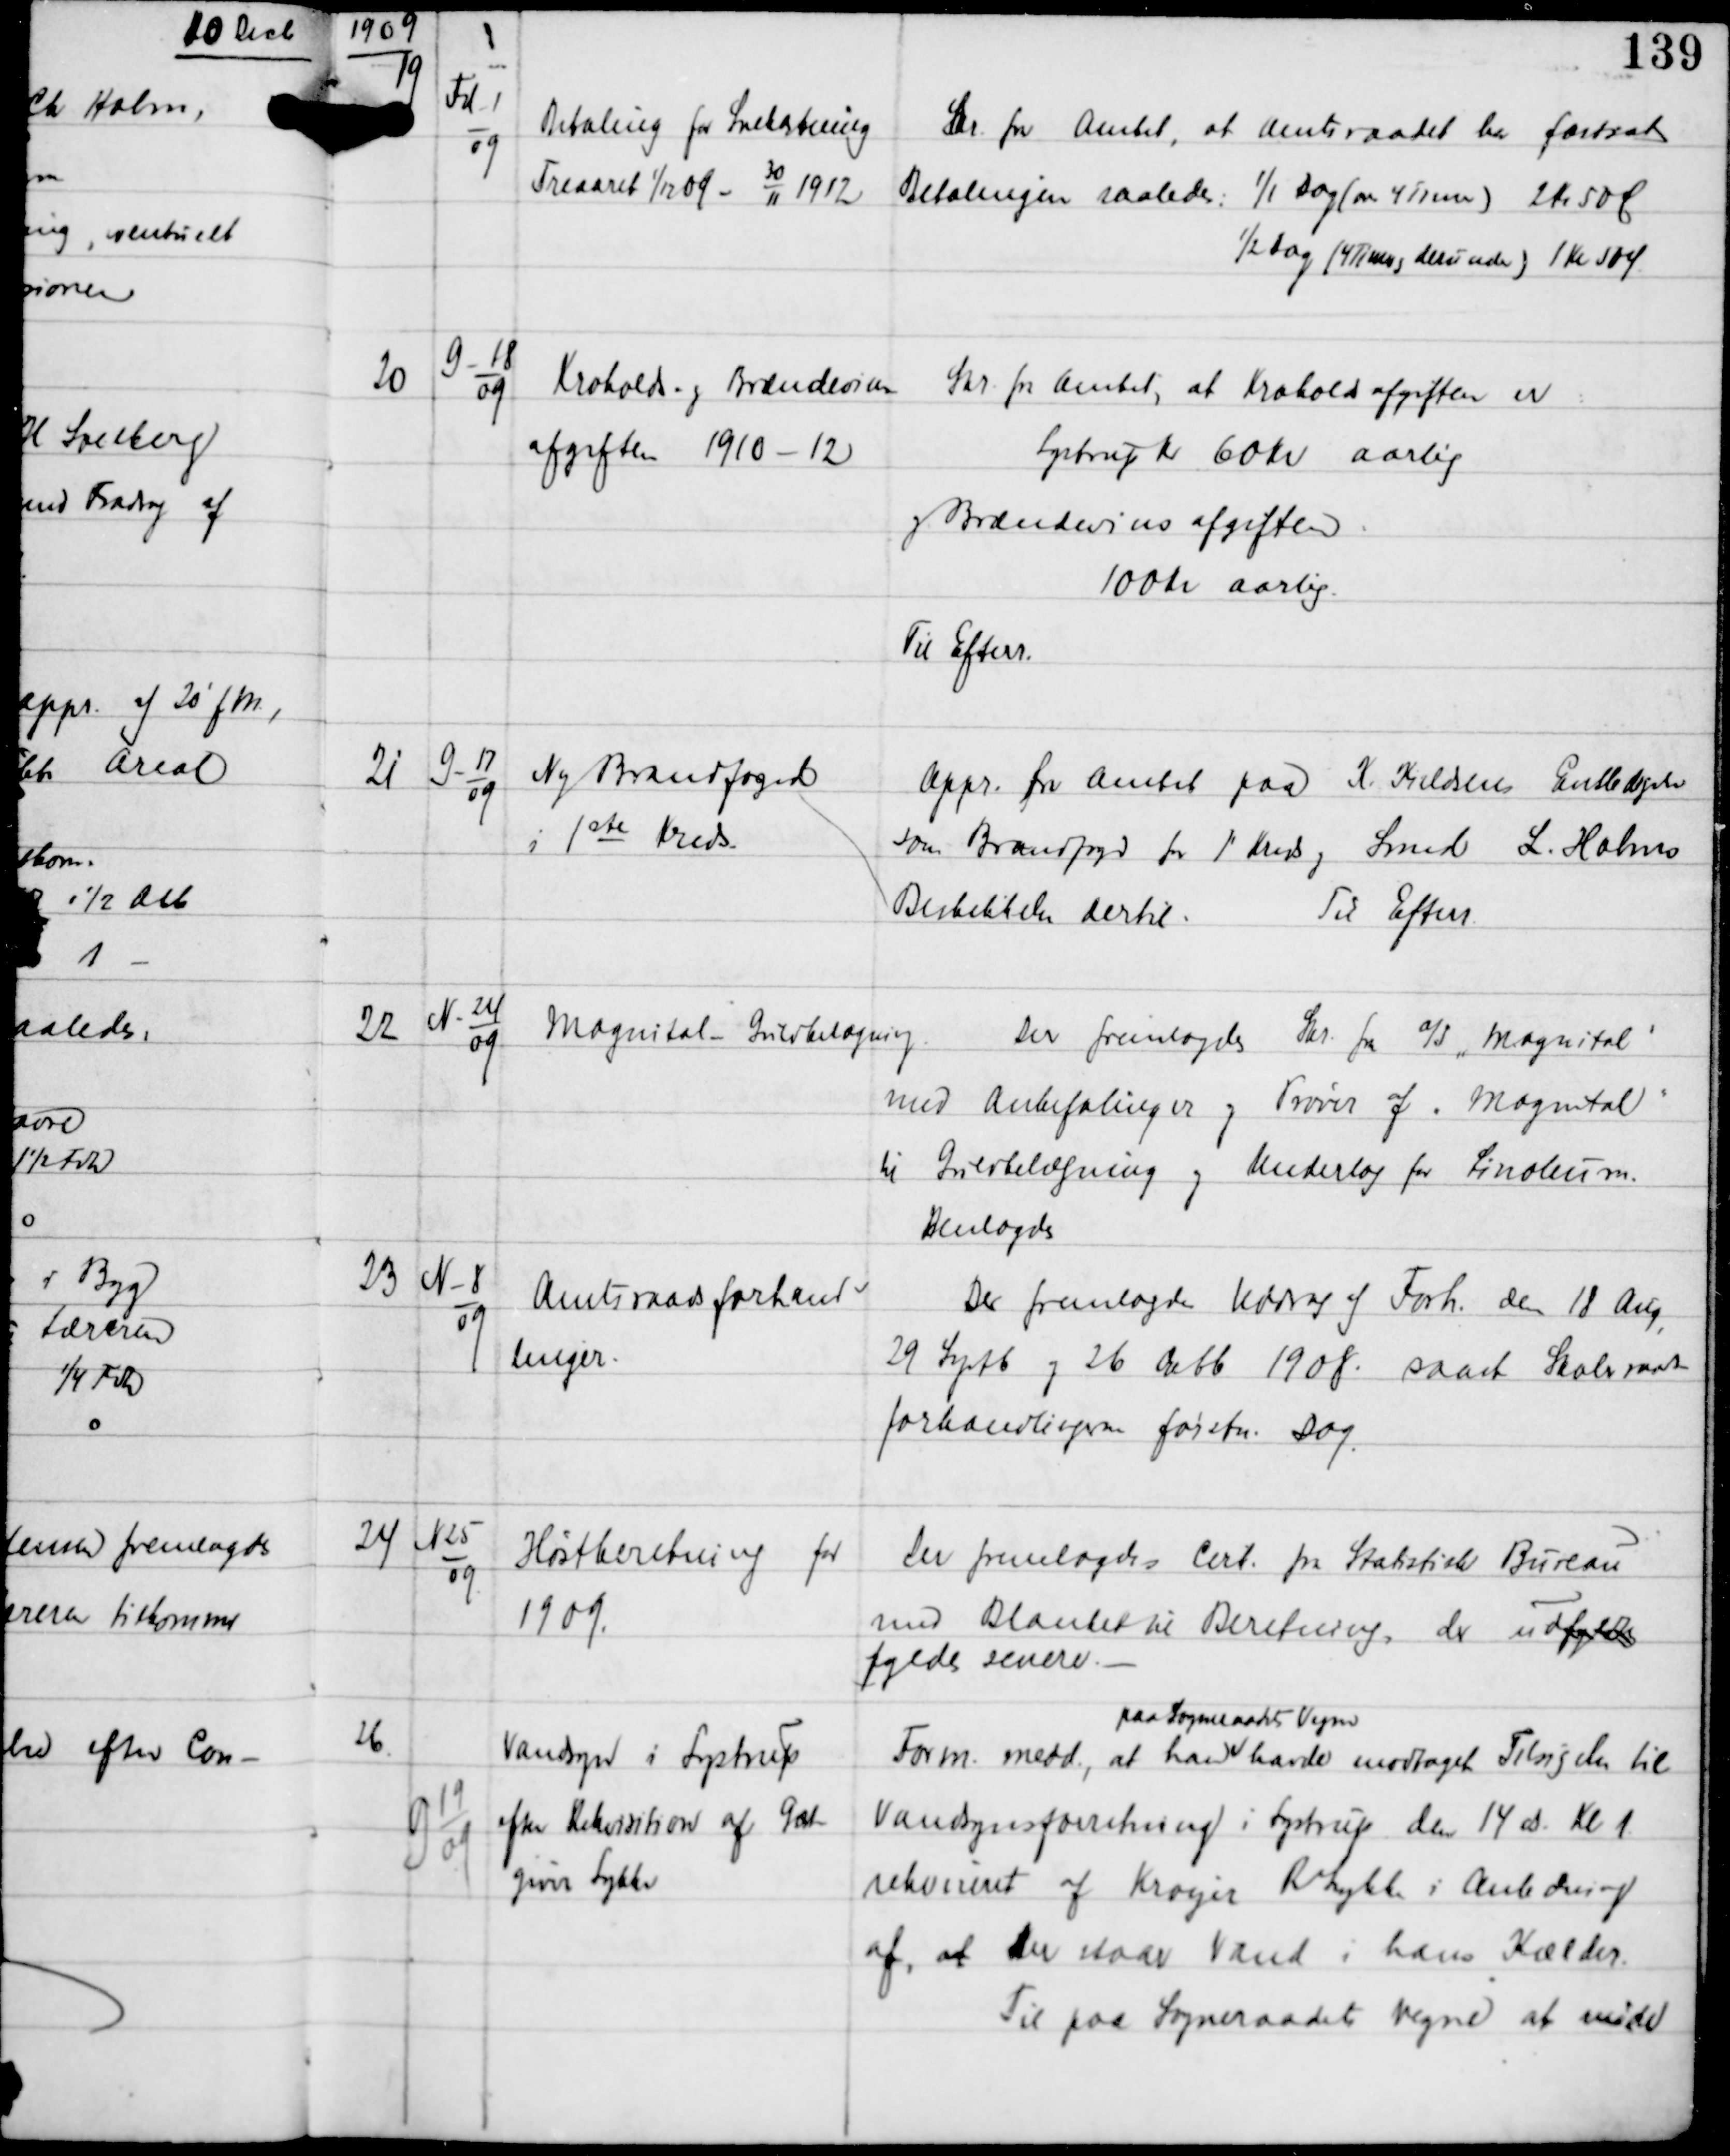
Transskription:
1909

19

Fd-1
09

Betaling for Snekastning
Treaaret 1/12 09 -
30
11
1912

Skr fra Amtet, at Amtsraadet har fastsat
Betalingen saaledes 1/1 Dag (over 4 Timer) 2 Kr 50 Ø
½ Dag (4 Timer og derunder) 1 Kr 50 Ø

20

G-18
09

Kroholds- og Brændevins
afgiften 1910-12

Skr fra Amtet, at Kroholds afgiften er
Lystrup Kr 60 Kr aarlig
og Brændevins afgiften
100 Kr aarlig.
Til Efterr.

21

G-17
09

Ny Brandfoged
i 1ste Kreds.

Appr. fra Amtet paa K. Kieldsens Endledigele
som Brandfoged for 1' Kreds og Smed L. Holms
Beskikkelse dertil.
Til Efterr

22

N-24
09

Magnital - Gulvbelægning

Der fremlagdes Skr fra A/S "Magnital"
med Anbefalinger og Prøver af "Magnital"
til Gulvbelægning og Underlag for Linoleum.
Henlagdes

23

N-8
09

Amtsraadsforhand-
linger.

Der fremlagdes Uddrag af Forh den 18 Aug.
29 Septb og 26 Octb 1908 samt Skoleraads-
forhandlingernes første Dag.

24

N 25
09

Høstberetning for
1909

Der fremlagdes Cirk fra Statistiske Bureau
med Blanket til Beretning der udfyldtes
fyldes senere. -

26

G 19
09

Vandsyn i Lystrup
efter Rekvisition af Gæst-
giver Lykke

Form medd, at han
paa Sogneraadets Vegne
havde modtaget Tilsigelse til
Vandsynsforretning i Lystrup den 14 ds Kl 1
rekvireret af Kroejer R Lykke i Anledning
af, at der staar Vand i hans Kælder.
Til paa Sogneraadets Vegne at møde